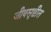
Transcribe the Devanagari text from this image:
जीवसृष्टीत